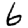
Digit: 6